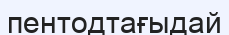
пентодтағыдай